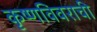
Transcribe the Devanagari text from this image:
कृष्णविवराची